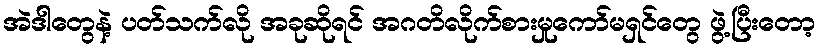
အဲဒါတွေနဲ့ ပတ်သက်လို အခုဆိုရင် အဂတိလိုက်စားမှုကော်မရှင်တွေ ဖွဲ့ပြီးတော့